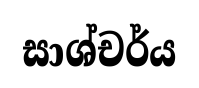
සාශ්චර්ය